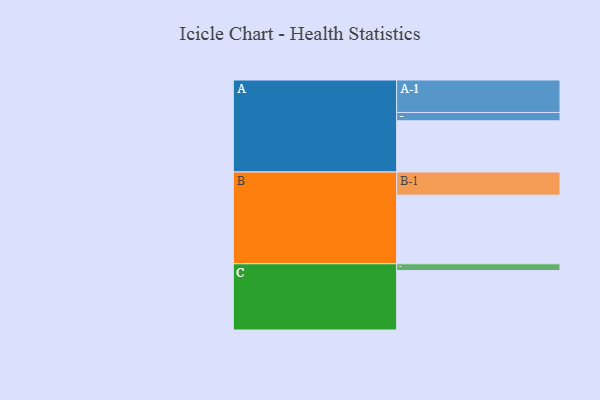
{"axis": {"x": "Segment", "y": "Value"}, "legend": ["", "A", "B", "C"], "data": [{"x": "A", "y": 429, "type": ""}, {"x": "B", "y": 575, "type": ""}, {"x": "C", "y": 498, "type": ""}, {"x": "A-1", "y": 272, "type": "A"}, {"x": "A-2", "y": 70, "type": "A"}, {"x": "B-1", "y": 194, "type": "B"}, {"x": "C-1", "y": 57, "type": "C"}]}